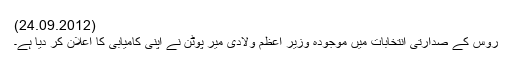
(24.09.2012)
روس کے صدارتی انتخابات میں موجودہ وزیر اعظم ولادی میر پوٹن نے اپنی کامیابی کا اعلان کر دیا ہے۔